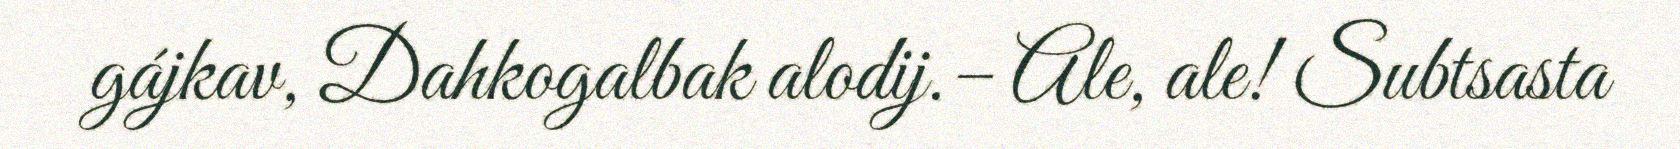
gájkav, Dahkogalbak alodij.– Ale, ale! Subtsasta